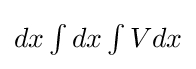
{\textstyle dx\int {dx\int {Vdx}}}